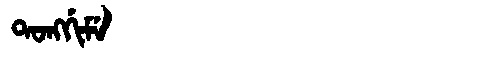
Manchu: ᡨᠣᠩᡤᡳᠮᡝ
Romanization: TONGGIME